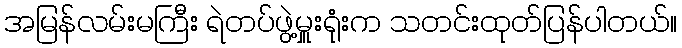
အမြန်လမ်းမကြီး ရဲတပ်ဖွဲ့မှူးရုံးက သတင်းထုတ်ပြန်ပါတယ်။